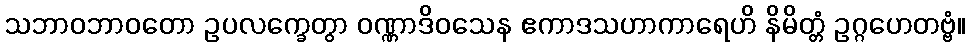
သဘာဝဘာဝတော ဥပလက္ခေတွာ ဝဏ္ဏာဒိဝသေန ဧကာဒသဟာကာရေဟိ နိမိတ္တံ ဥဂ္ဂဟေတဗ္ဗံ။